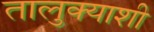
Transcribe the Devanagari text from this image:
तालुक्‍याशी